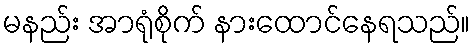
မနည်း အာရုံစိုက် နားထောင်နေရသည်။